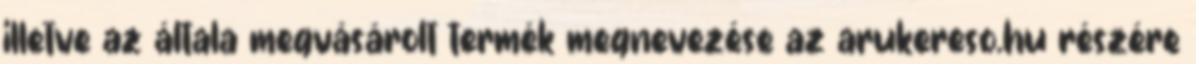
illetve az általa megvásárolt termék megnevezése az arukereso.hu részére